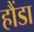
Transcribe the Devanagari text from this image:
हौंडा